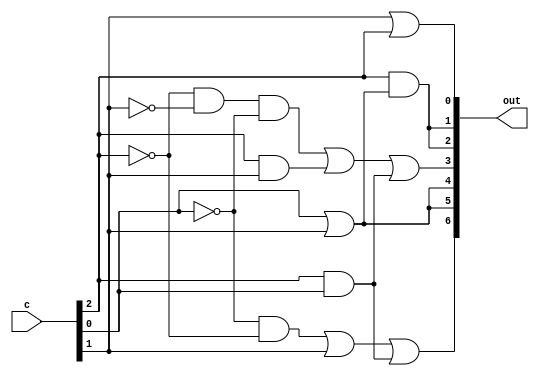
module decoder_7segment(out,c);
	output [6:0] out;
	input [2:0] c;
	//Cach1: Truth table
	assign out[6] = (~c[0] & ~c[2]) | c[1] | (c[2] & c[0]);
	assign out[5] = c[0] | c[1];
	assign out[4] = out[5];
	assign out[3] = (~c[2] & ~c[1] & ~c[0]) | (c[2] & c[1]) | (c[2] & c[0]);
	assign out[2] = c[2] & (c[1] | c[0]) ;
	assign out[1] = out[2] ;
	assign out[0] = c[1] | c[2];
	
	//Cach 2: dung toan tu dieu kien
	/*assign out = (c==3'b000) ? (7'b1001000):
					 (c==3'b001) ? (7'b0110000):
					 (c==3'b010) ? (7'b1110001):
					 (c==3'b011) ? (7'b1110001):
					 (c==3'b100) ? (7'b0000001):
					 (c==3'b101) ? (7'b1111111):
					 (c==3'b110) ? (7'b1111111):
					 (c==3'b111) ? (7'b1111111):
					 1'bx;*/
endmodule